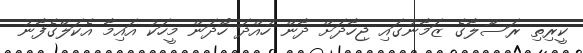
ކީރިތި ރަސޫލާގެ ޒަމާނުގައި ޖިހާދަށް ދާން ހުއްދަ ހޯދަން މީހަކު އައިމާ އެކަލޭގެފާނު